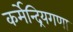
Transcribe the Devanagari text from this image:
कर्मेन्द्रियगणा